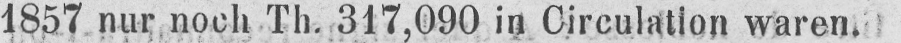
1857 nur noch Th. 317,090 in Circulation waren.